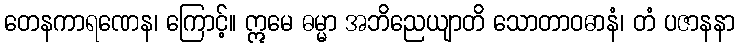
တေနကာရဏေန၊ ကြောင့်။ ဣမေ ဓမ္မာ အဘိညေယျာတိ သောတာဝဓာနံ၊ တံ ပဇာနနာ